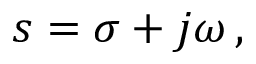
s = \sigma + j \omega \, ,